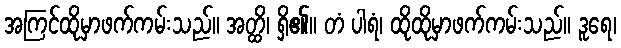
အကြင်ထိုမှာဖက်ကမ်းသည်။ အတ္ထိ၊ ရှိ၏။ တံ ပါရံ၊ ထိုထိုမှာဖက်ကမ်းသည်။ ဒူရေ၊